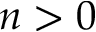
n > 0